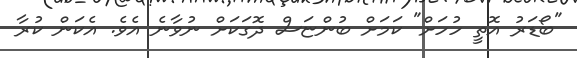
"ބޯޑަރު އޮތީ ހުހަށް" ކަމަށް ބުންޏަސް ދޮގަކަށް ނުވާނެ އެވެ. އެކަން ކުރާ